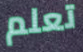
تعلم